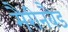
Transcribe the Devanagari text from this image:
मैरीनबैड